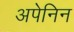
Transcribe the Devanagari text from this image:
अपेनिन